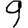
Digit: 9